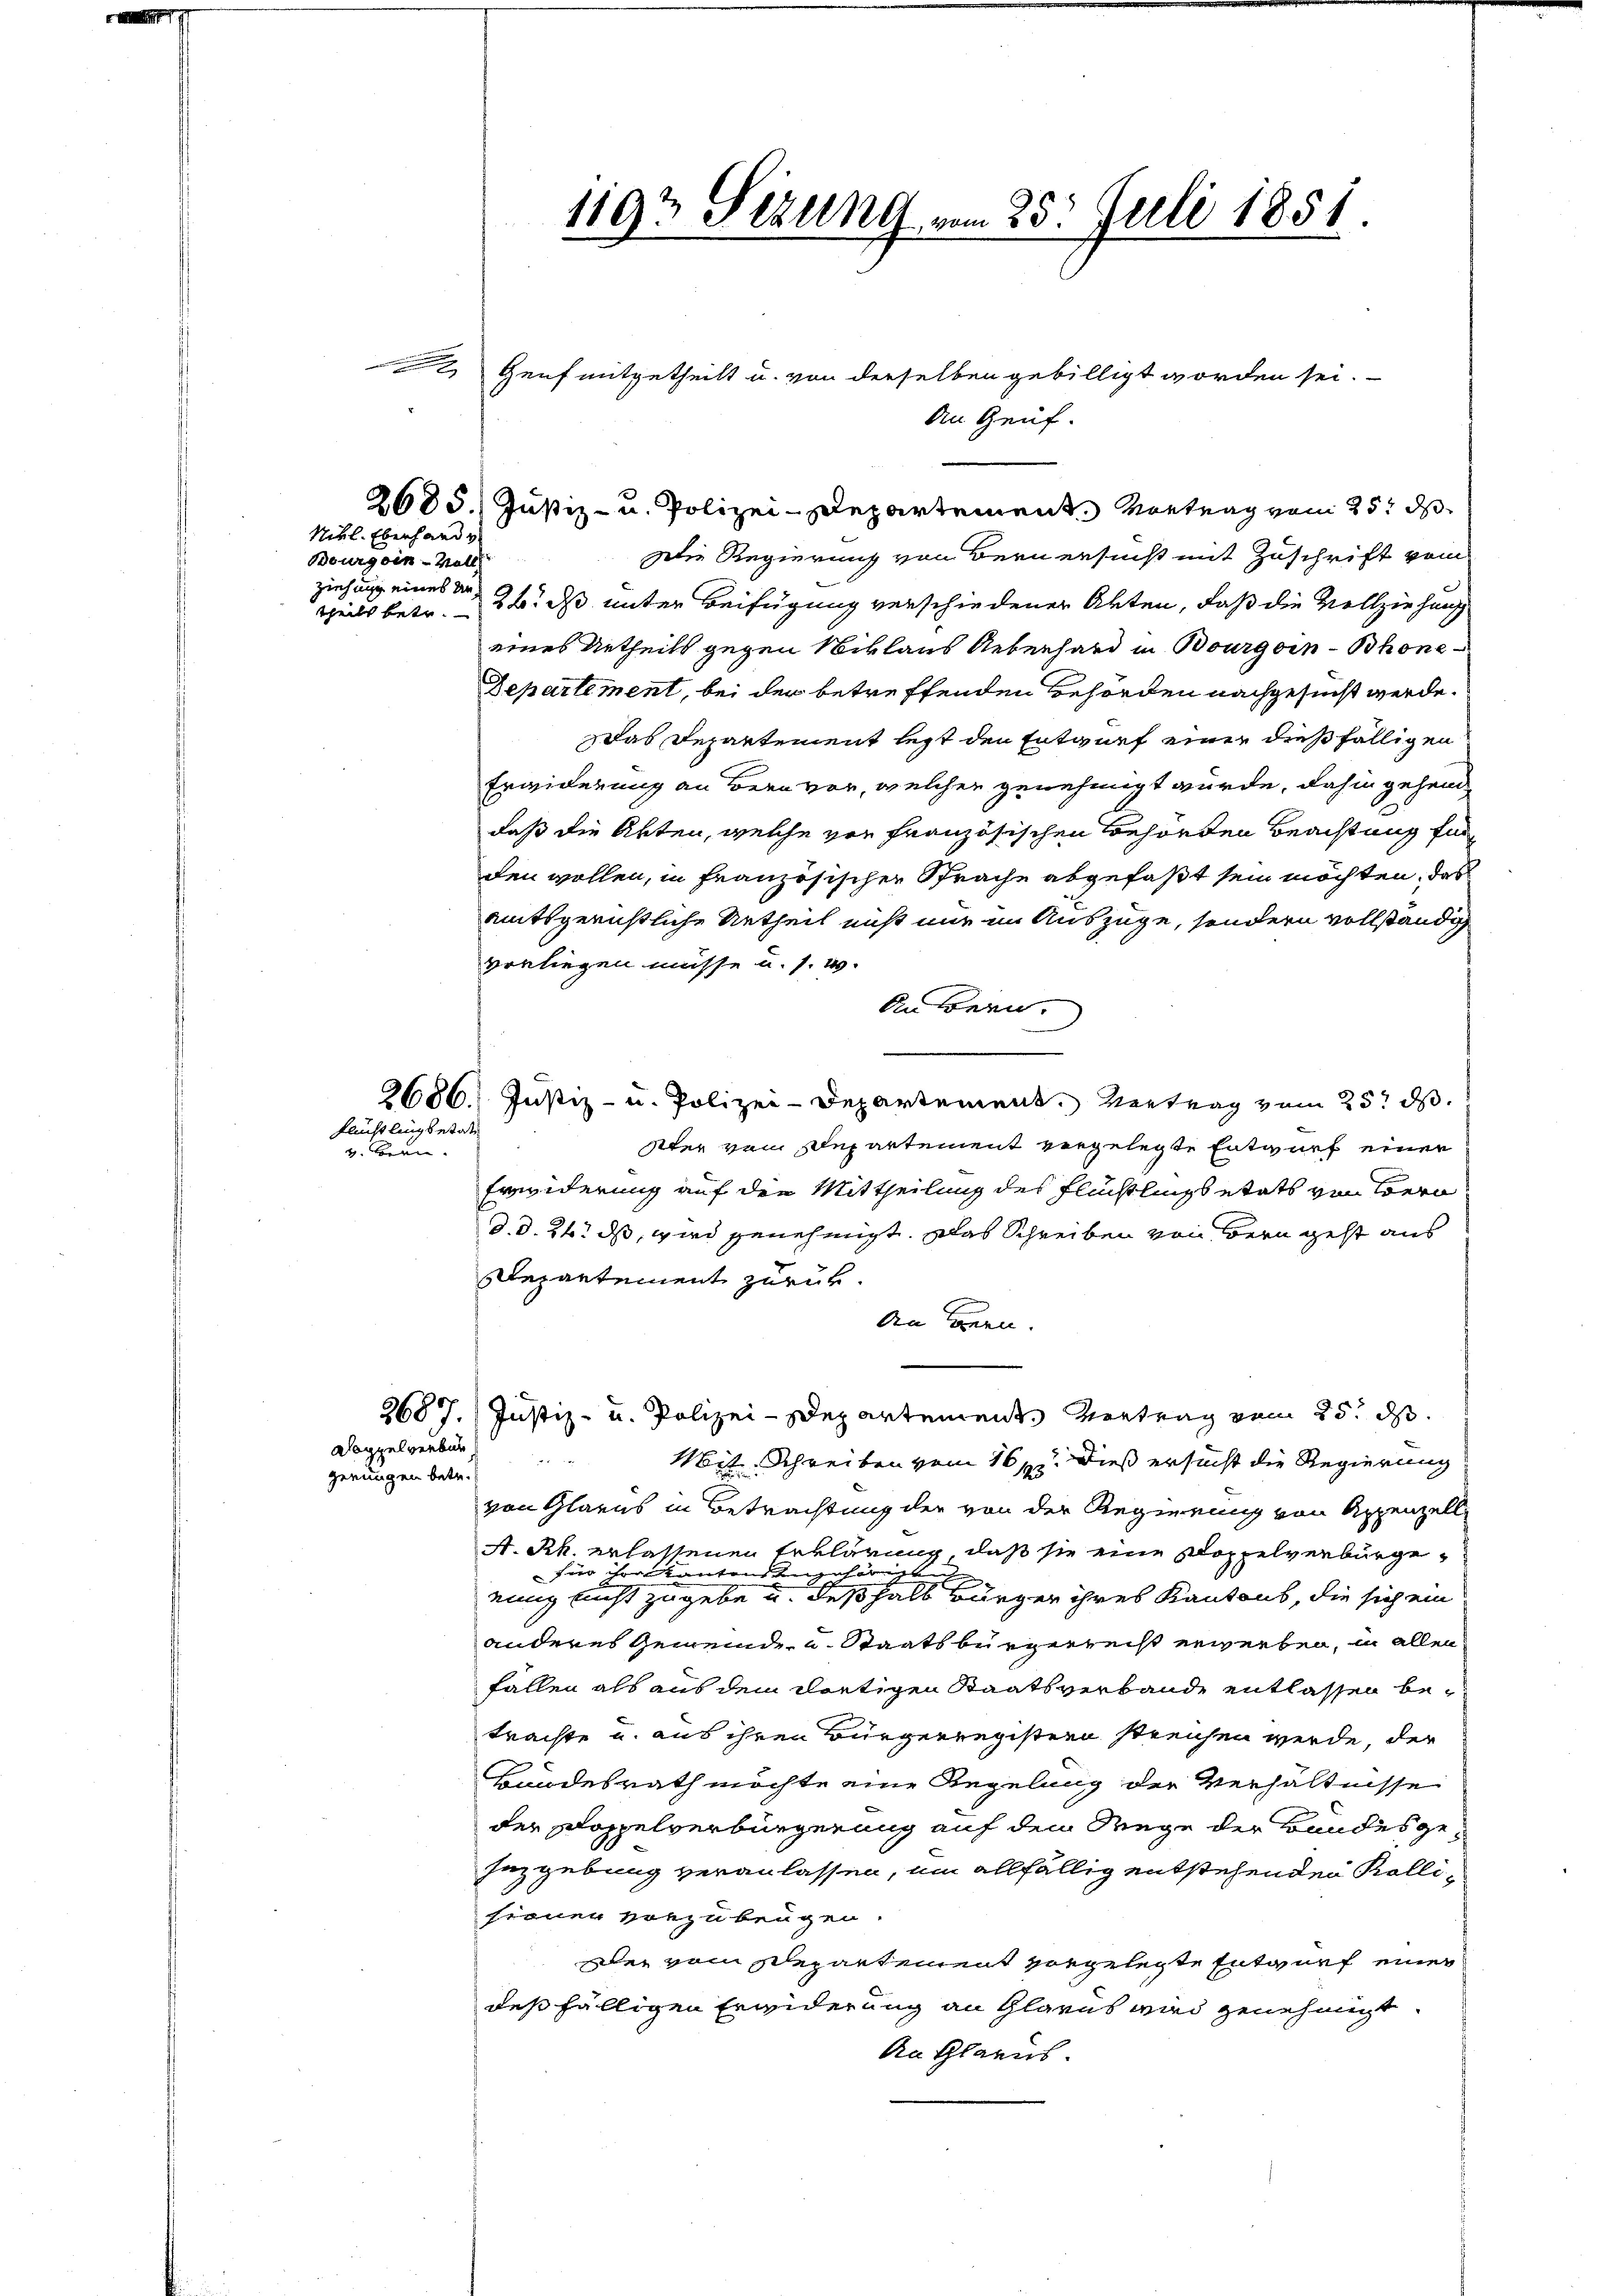
Nikl. Eberhande
Bourgoin-Voll
ziehung eines An¬

Flüchtling betate
v. Bern

Die Regierung von Bern ersucht mit Zuschrift vom
Teils betr. 284. ds unter Beifügung verschiedener Akten, daß die Vollziehung
eines Urtheils gegen Niklaus Ueberhard in Bourgoin-Bhone¬
Departement, bei der betreffenden Behörden nachgesucht werde.
das Departement legt den Entwurf einer dießfälligen
Erwiderung an Bern vor, welcher genehmigt würde, dahin gehende
daß die Akten, welche von Französischen Behörden Beachtung für
den wollen, in französischer Sprache abgefaßt sein möchten, daß
amtsgerichtliche Urtheil nicht nur im Auszüge, sondern vollständig
vorliegen müsse u. s. w.
An Bern.
2686. Justiz- u. Polizei-Departement. Vertrag vom 25t d.
kter von Departement vergelegte Entwurf einer
Ereviderung auf die Mittheilung des Flüchtlings etats von Bern
d. d. 24. ds, wird genehmigt. Das Schreiben von Bern geht aus
Departement zurück.
An Hrn.
2687. Justiz- u. Polizei-Departement. Vertrag vom 25. d.
Wlaggelverbun
d
Mit Schreiben vom 167. Dieß ersucht die Regierung
gerungen betr.
von Glarus in Betrachtung der von der Regierung von Appenzell
A.Rk. erlassenen Erklärung, daß sie eine Doppelverburgefür ihren kanton Königst
einig nicht zugebe u. deßhalb Bürger ihres Kantons, die sich ein
anderes Gemeinde u. Staatsbürgerrecht erwerben, in allen
fällen als aus dem dortigen Staatsverbande entlassen betrachte und aus ihren Bürgerregistern streichen werde, der
Bundesrath möchte eine Regelung der Verhältnisse
der Doppelverbürgerung auf dem Wege der Bandesgehnzgebung veranlassen, um allfällig entstehenden Kolliferner vorzubeugen.
ei vom Schepartement vorgelegte Entwurf einer
deßfälligen Erwiderung an Glarus wird genehmigt.
An Glarus.

119t Sezung am 25. Juli 1851.

2 Genf mitgetheilt u. von derselben gebilligt worden sei.
An Genf.
2685. Justiz- u. Polizei-Departement. Vortrag vom 25t d.